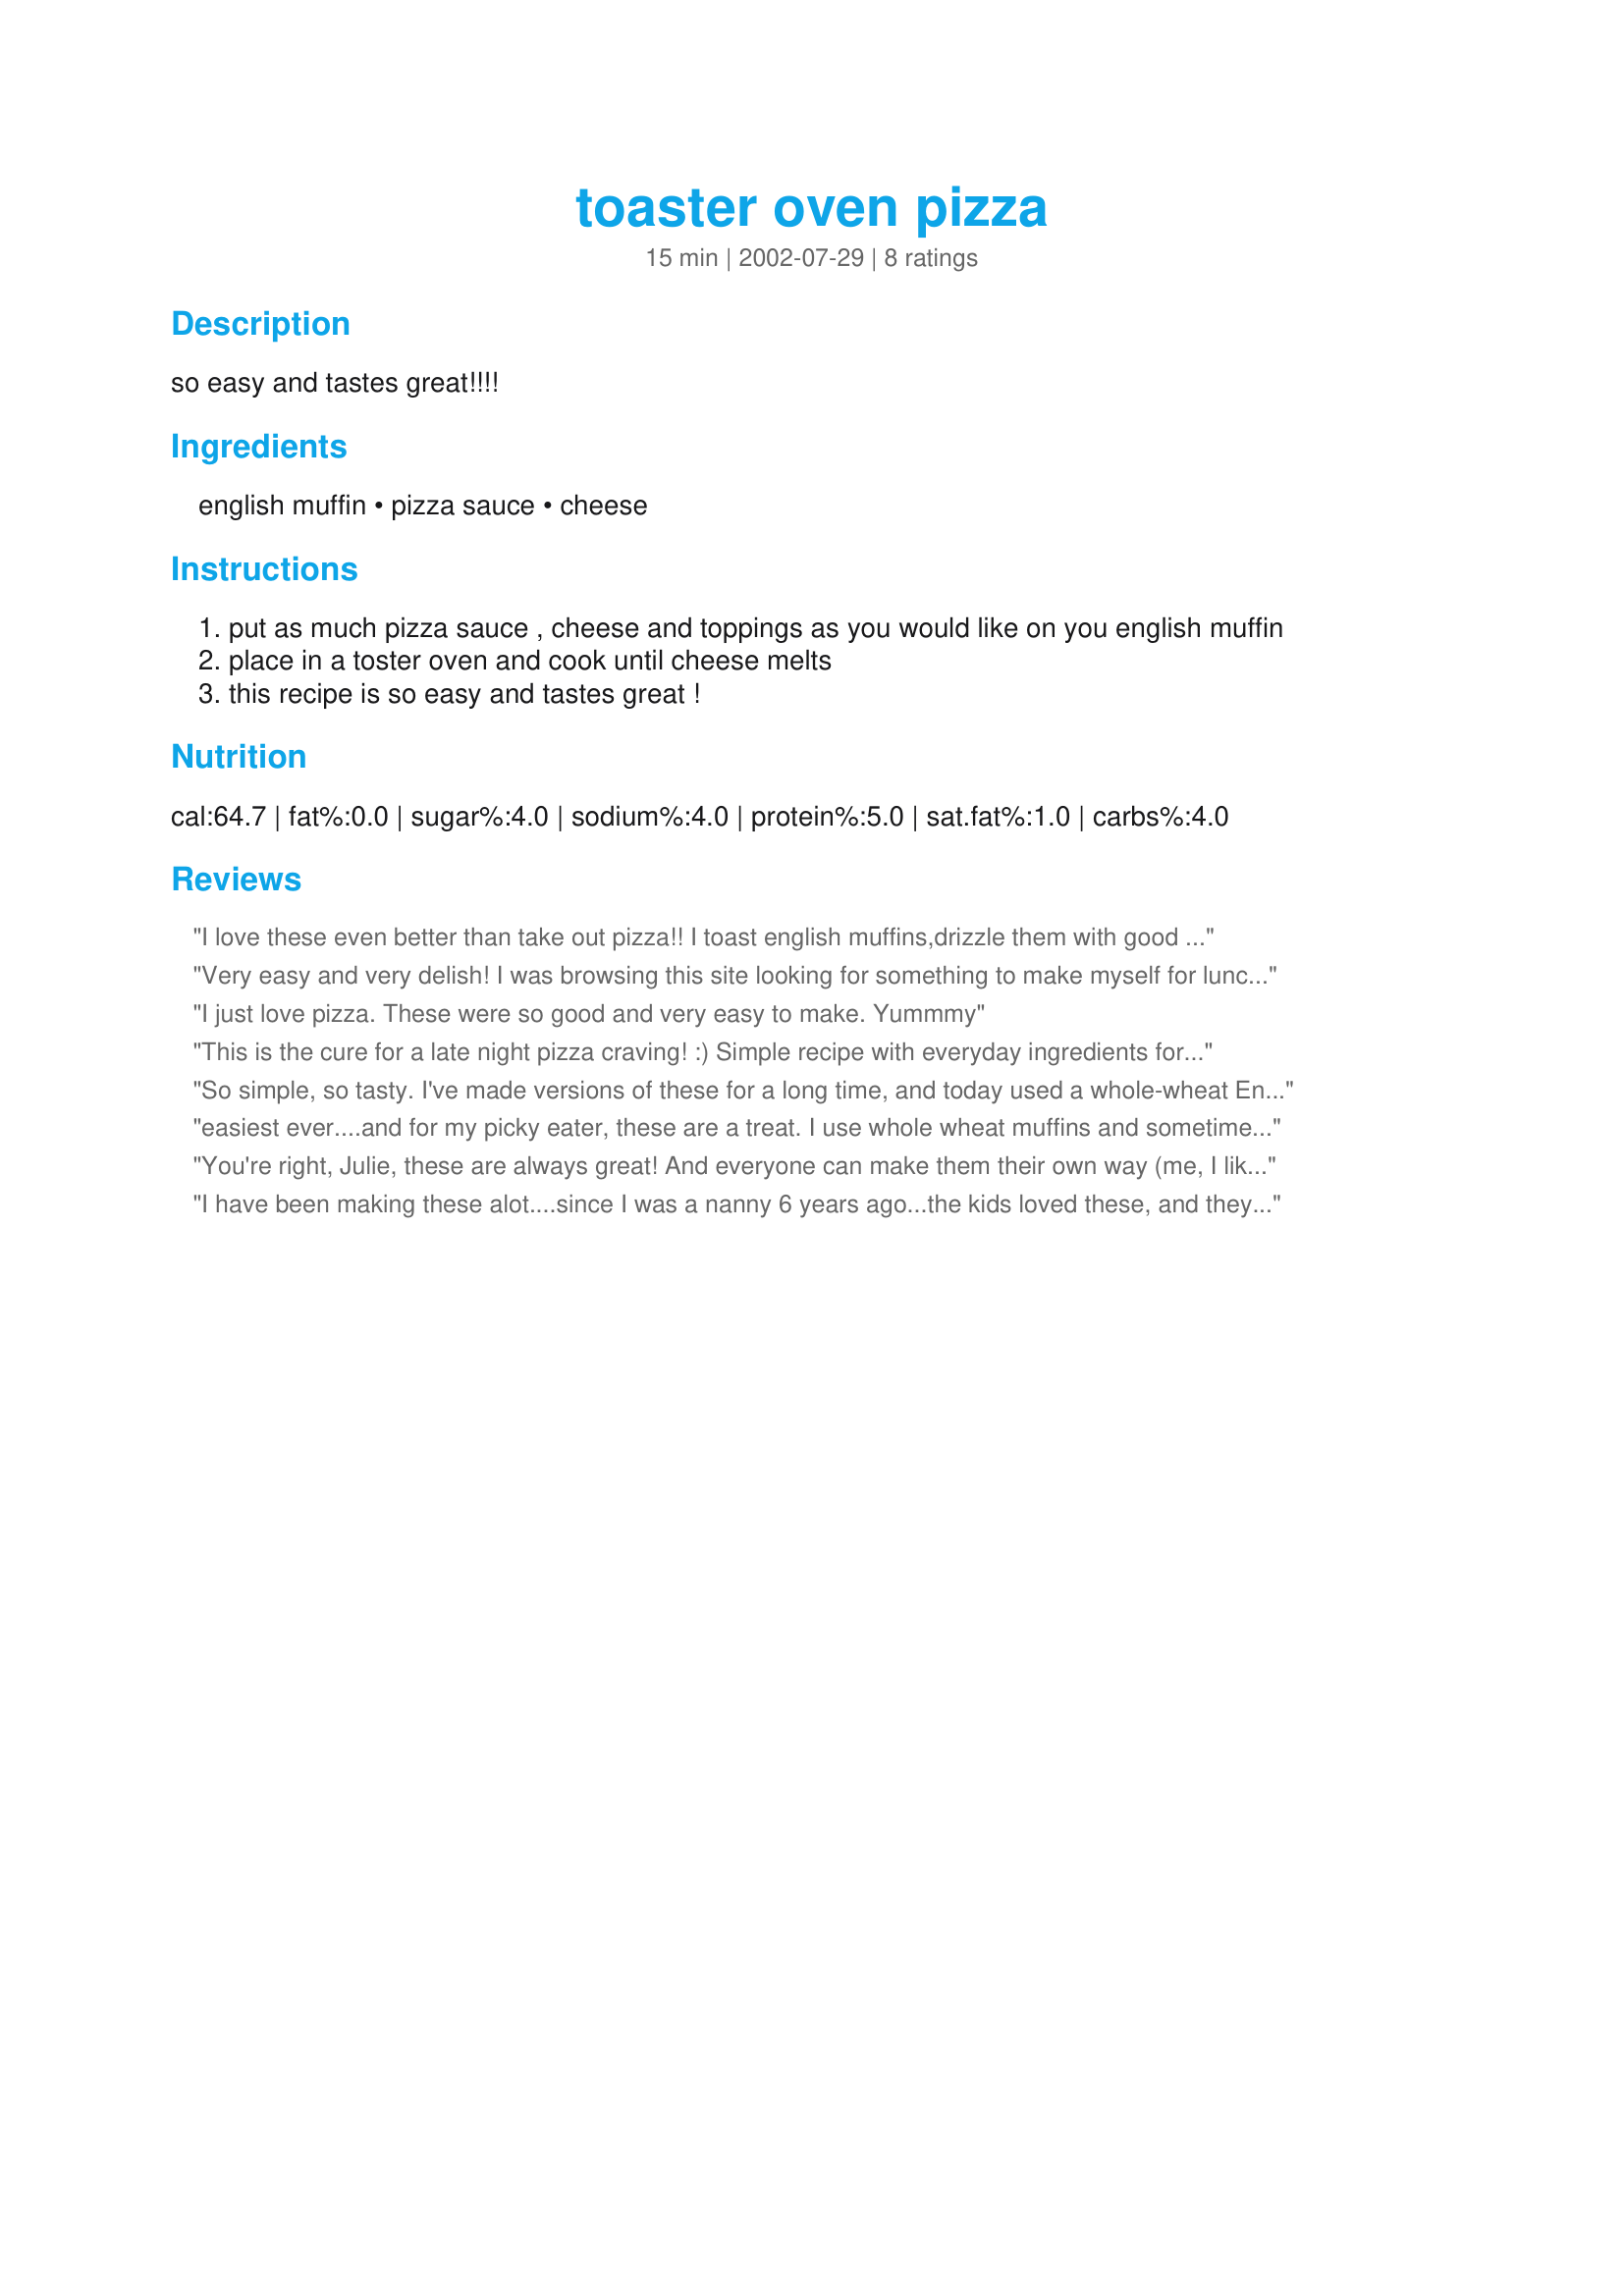
toaster oven pizza
Preparation time: 15 minutes

so easy and tastes great!!!!

Ingredients:
english muffin, pizza sauce, cheese

Steps:
put as much pizza sauce , cheese and toppings as you would like on you english muffin
place in a toster oven and cook until cheese melts
this recipe is so easy and tastes great !

Reviews:
I love these even better than take out pizza!!
 I toast english muffins,drizzle them with good olive oil,then top them with sauce,pizza seasoning and cheese,I sometimes use finely chopped fresh herbs and or some pepperoni slices
 YUMMMYYYYY
 fantastic little recipe,thanx for posting!!

 Debbie :)

Very easy and very delish! I was browsing this site looking for something to make myself for lunch. This was perfect...I had all the ingredients on hand and it worked out great! I toasted my muffin first, then i put it back in the toaster oven to melt the cheese. Crispy and tasty! Thanks
I just love pizza. These were so good and very easy to make. Yummmy
This is the cure for a late night pizza craving! :) Simple recipe with everyday ingredients for a quick and yummy snack.
So simple, so tasty. I've made versions of these for a long time, and today used a whole-wheat English muffin & low-fat cheese -- you get the taste of a pizza without the guilt. I also like to toast the muffin first - keeps it from getting soggy with the sauce.
easiest ever....and for my picky eater, these are a treat. I use whole wheat muffins and sometimes hide minced spinach in the sauce. SHHHH!
You're right, Julie, these are always great! And everyone can make them their own way (me, I like lots of sauce and oregano.) Also, I like to toast the muffins.
I have been making these alot....since I was a nanny 6 years ago...the kids loved these, and they could make their own. :)
